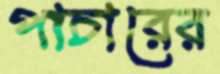
পাচারের